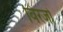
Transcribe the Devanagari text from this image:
विरजो